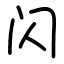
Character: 闪